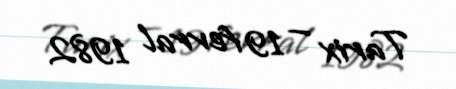
Tarix — 19 fevral 1982